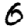
Digit: 6